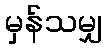
မှန်သမျှ